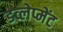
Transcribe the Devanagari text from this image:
डव्लेप्मेंट